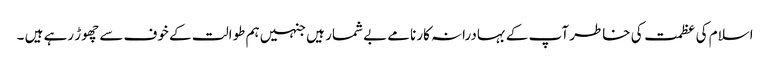
اسلام کی عظمت کی خاطر آپ کے بہادرانہ کارنامے بے شمار ہیں جنہیں ہم طوالت کے خوف سے چھوڑ رہے ہیں ۔